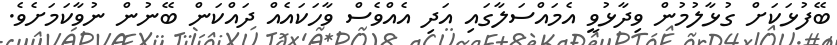
ބޭފުޅަކަށް ގުޅާލުމުން ވިދާޅުވީ އެމައްސަލާގައި އަދި އެއްވެސް ވާހަކައެއް ދައްކަން ބޭނުން ނުވާކަމަށެވެ.